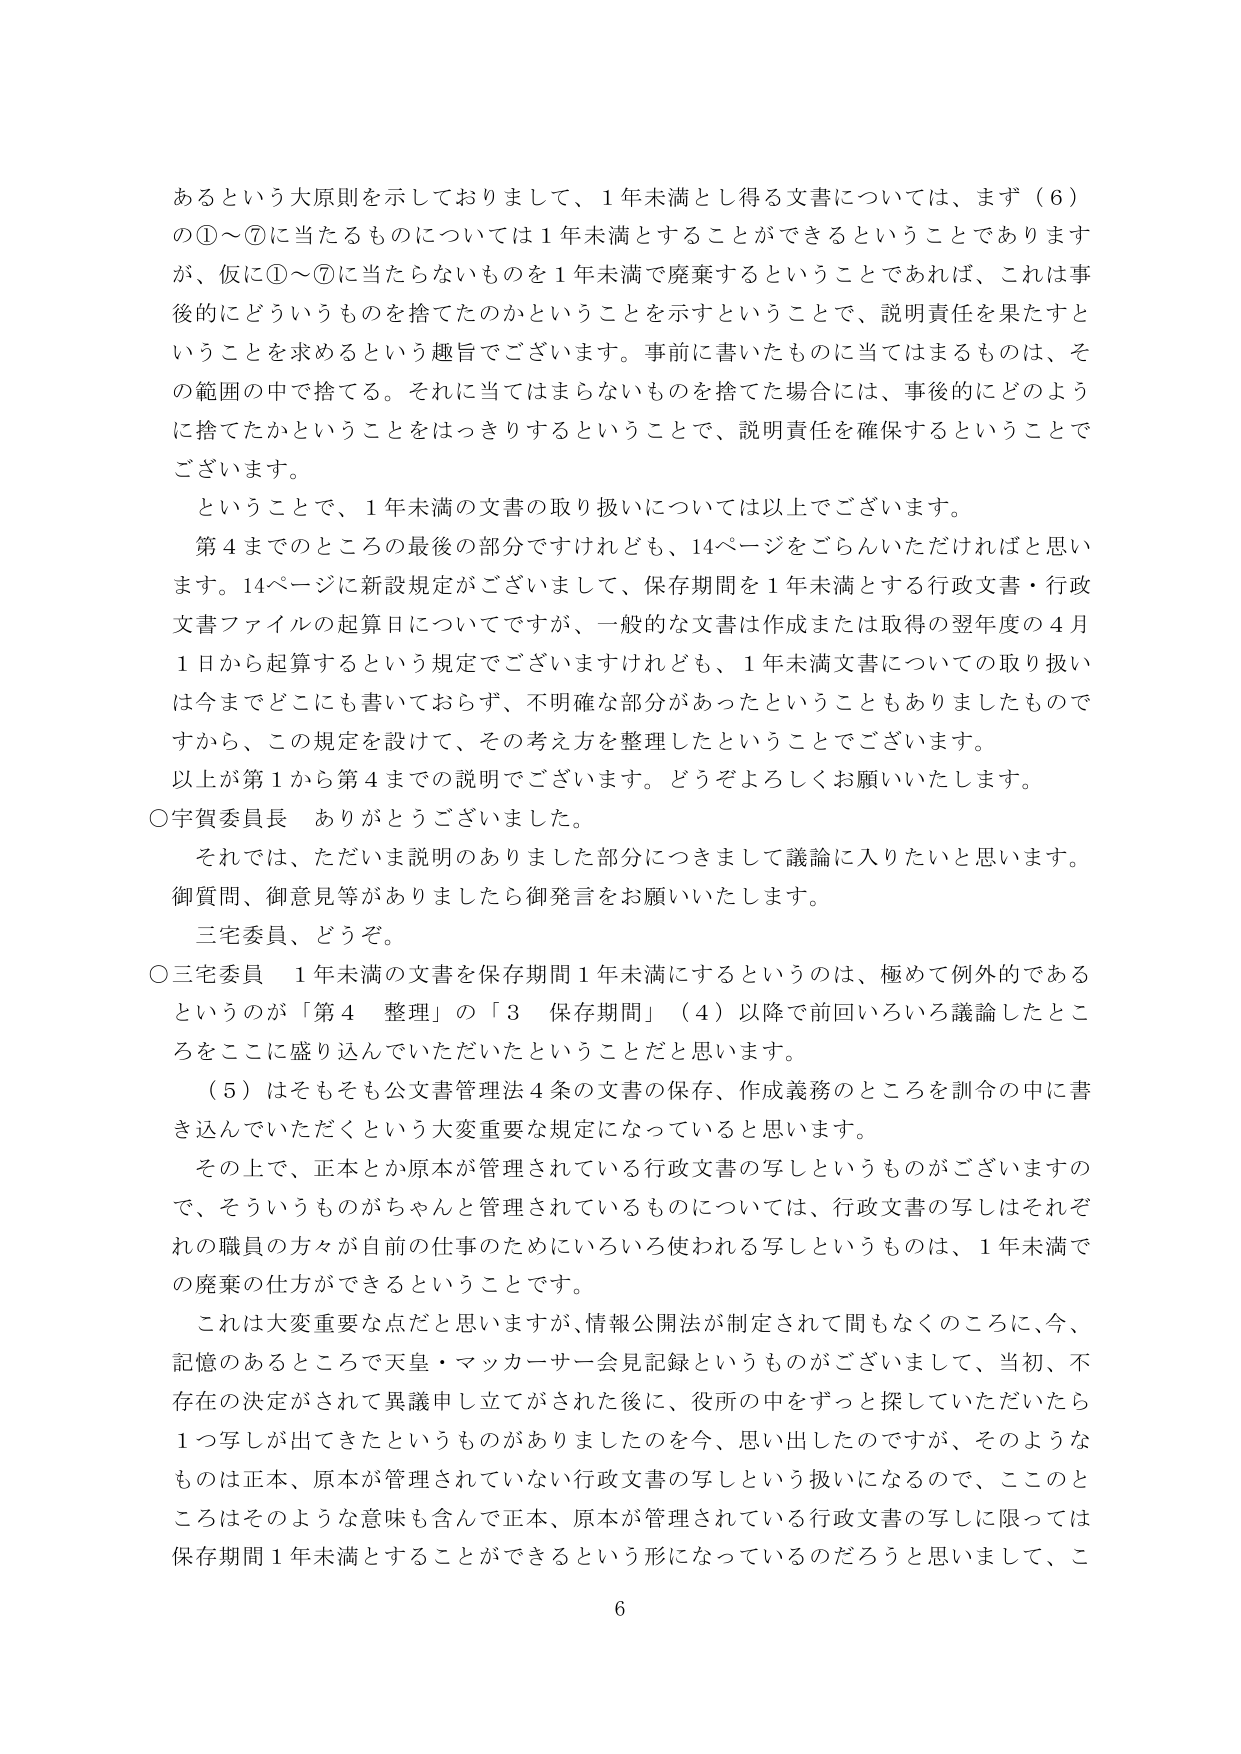
あるという大原則を示しておりまして、1年未満とし得る文書については、まず（6）の①～⑦に当たるものについては1年未満とすることができるということであります が、仮に①～⑦に当たらないものを1年未満で廃棄するということであれば、これは事後的にどういうものを捨てたのかということを示すということで、説明責任を果たすということを求めるという趣旨でございます。事前に書いたものに当てはまるものは、その範囲の中で捨てる。それに当てはまらないものを捨てた場合には、事後的にどのように捨てたかということをはっきりするということで、説明責任を確保するということでございます。

ということで、1年未満の文書の取り扱いについては以上でございます。

第4までのところの最後の部分ですけれども、14ページをごらんいただければと思います。14ページに新設規定がございまして、保存期間を1年未満とする行政文書・行政文書ファイルの起算日についてですが、一般的な文書は作成または取得の翌年度の4月1日から起算するという規定でございますけれども、1年未満文書についての取り扱いは今までどこにも書いておらず、不明確な部分があったということもありましたものですから、この規定を設けて、その考え方を整理したということでございます。

以上が第1から第4までの説明でございます。どうぞよろしくお願いいたします。

○宇賀委員長 ありがとうございました。

それでは、ただいま説明のありました部分につきまして議論に入りたいと思います。御質問、御意見等がありましたら御発言をお願いいたします。

三宅委員、どうぞ。

○三宅委員 1年未満の文書を保存期間1年未満にするというのは、極めて例外的であるというのが「第4 整理」の「3 保存期間」（4）以降で前回いろいろ議論したところをここに盛り込んでいただいたということだと思います。

（5）はそもそも公文書管理法4条の文書の保存、作成義務のところを訓令の中に書き込んでいただくという大変重要な規定になっていると思います。

その上で、正本とか原本が管理されている行政文書の写しというものがございますので、そういうものがちゃんと管理されているものについては、行政文書の写しはそれぞれの職員の方々が目前の仕事のためにいろいろ使われる写しというものは、1年未満での廃棄の仕方ができるということです。

これは大変重要な点だと思いますが、情報公開法が制定されて間もなくのころに、今、記憶のあるところで天皇・マッカーサー会見記録というものがございまして、当初、不存在の決定がされて異議申し立てがされた後に、役所の中をずっと探していただいたら1つ写しが出てきたというものがありましたのを今、思い出したのですが、そのようなものは正本、原本が管理されていない行政文書の写しという扱いになるので、ここのところはそのような意味も含んで正本、原本が管理されている行政文書の写しに限っては保存期間1年未満とすることができるという形になっているのだろうと思いまして、こ

6